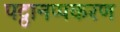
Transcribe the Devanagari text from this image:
पट्ठानप्पकरण